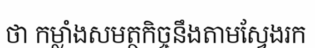
ថា កម្លាំងសមត្ថកិច្ចនឹងតាមស្វែងរក